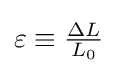
{\textstyle \varepsilon \equiv {\frac {\Delta L}{L_{0}}}}